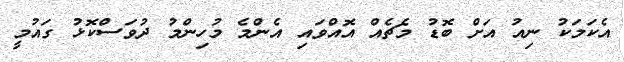
އެކަމަކު ނިއު އަށް ބޮޑު މެޗެއް އޮއްވައި އެންމެ މުހިންމު ދުވަސްކޮޅު ގައުމީ